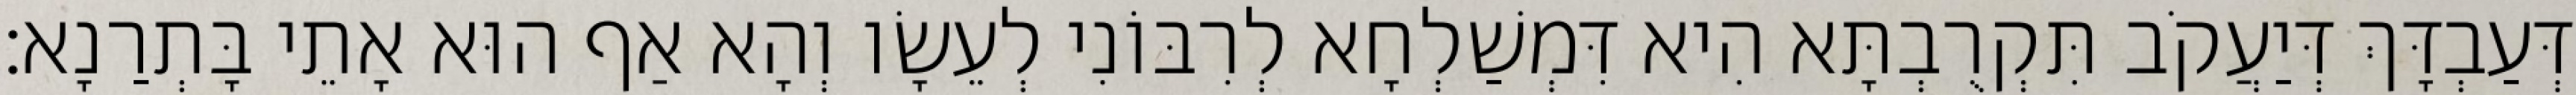
דְּעַבְדָּךְ דְּיַעֲקֹב תִּקְרֻבְתָּא הִיא דִּמְשַׁלְחָא לְרִבּוֹנִי לְעֵשָׂו וְהָא אַף הוּא אָתֵי בָּתְרַנָא׃